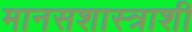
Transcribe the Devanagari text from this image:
मानसशास्त्राशी